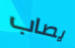
يصاب